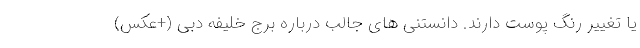
یا تغییر رنگ پوست دارند. دانستنی های جالب درباره برج خلیفه دبی (+عکس)